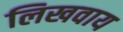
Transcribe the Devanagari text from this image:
लिखवाय